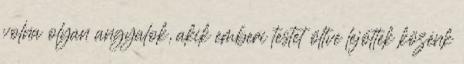
volna olyan angyalok, akik emberi testet öltve lejöttek közénk